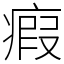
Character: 瘕